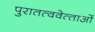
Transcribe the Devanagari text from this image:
पुरातत्ववेत्‍ताओं